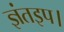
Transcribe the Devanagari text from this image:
ज्ञंतइप।